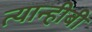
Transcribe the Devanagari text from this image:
त्यान्हीबी